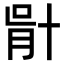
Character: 𠦣